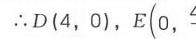
\(\therefore D(4,0),E(0,\underline{?}\)